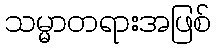
သမ္မာတရားအဖြစ်